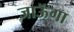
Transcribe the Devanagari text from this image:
जाऊॅगा